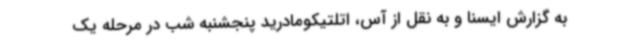
به گزارش ایسنا و به نقل از آس، اتلتیکومادرید پنجشنبه شب در مرحله یک